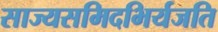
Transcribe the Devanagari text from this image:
साज्यसमिदभिर्यजति